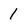
Character: 1